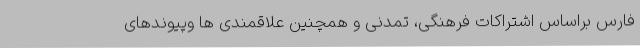
فارس براساس اشتراکات فرهنگی، تمدنی و همچنین علاقمندی ها وپیوندهای